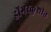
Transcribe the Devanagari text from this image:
डोंगरकुशीत